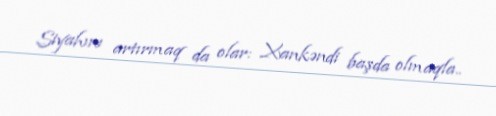
Siyahını artırmaq da olar: Xankəndi başda olmaqla..